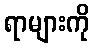
ရာများကို